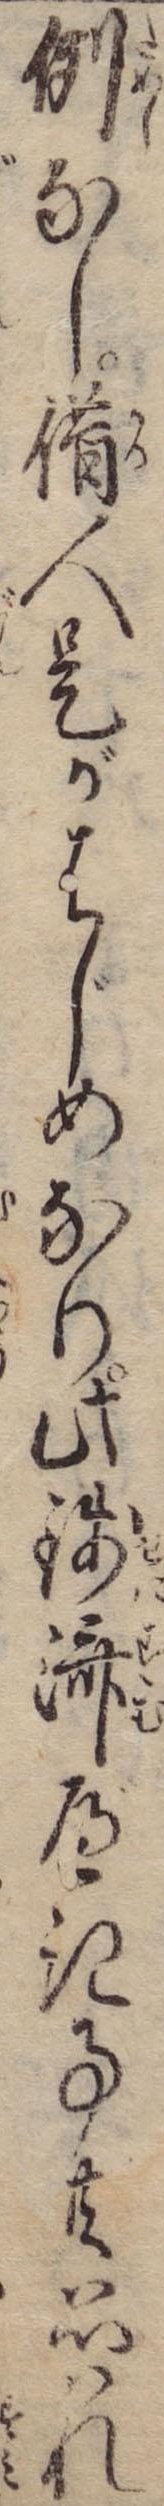
例なし借人是がはじめなり此銭済べき事共思はれ